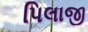
પિલાજી